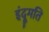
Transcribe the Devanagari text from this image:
इंदूमति